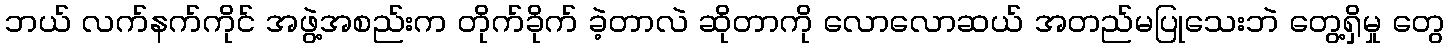
ဘယ် လက်နက်ကိုင် အဖွဲ့အစည်းက တိုက်ခိုက် ခဲ့တာလဲ ဆိုတာကို လောလောဆယ် အတည်မပြုသေးဘဲ တွေ့ရှိမှု တွေ